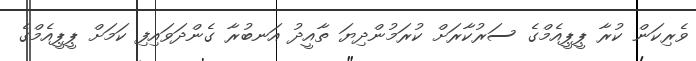
ވެރިކަން ކުރާ ޕީޕީއެމްގެ ސަރުކާރަށް ކުރަމުންދިޔަ ތާއީދު އަނބުރާ ގެންދަވައިފި ކަމަށް ޕީޕީއެމްގެ